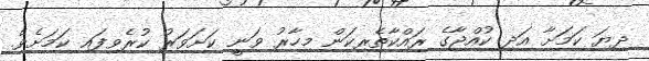
ދިޔަ ކަމަށާ އަދި ކުއްޖާގެ ރައްކާތެރިކަން މިހާރު ވަނީ ކަށަވަރު ކުރެވިފައި ކަމަށެވެ.